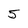
Character: 5